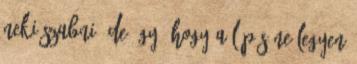
neki szabni, de úgy, hogy a lépés ne legyen